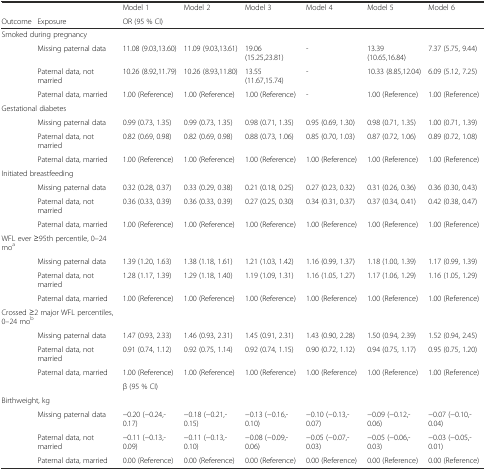
<table><thead><tr><td></td><td></td><td><b>Model 1</b></td><td><b>Model 2</b></td><td><b>Model 3</b></td><td><b>Model 4</b></td><td><b>Model 5</b></td><td><b>Model 6</b></td></tr><tr><td><b>Outcome</b></td><td><b>Exposure</b></td><td colspan="4"><b>OR (95 % CI)</b></td><td></td><td></td></tr></thead><tbody><tr><td colspan="2">Smoked during pregnancy</td><td></td><td></td><td></td><td></td><td></td><td></td></tr><tr><td></td><td>Missing paternal data</td><td>11.08 (9.03,13.60)</td><td>11.09 (9.03,13.61)</td><td>19.06 (15.25,23.81)</td><td>-</td><td>13.39 (10.65,16.84)</td><td>7.37 (5.75, 9.44)</td></tr><tr><td></td><td>Paternal data, not married</td><td>10.26 (8.92,11.79)</td><td>10.26 (8.93,11.80)</td><td>13.55 (11.67,15.74)</td><td>-</td><td>10.33 (8.85,12.04)</td><td>6.09 (5.12, 7.25)</td></tr><tr><td></td><td>Paternal data, married</td><td>1.00 (Reference)</td><td>1.00 (Reference)</td><td>1.00 (Reference)</td><td>-</td><td>1.00 (Reference)</td><td>1.00 (Reference)</td></tr><tr><td colspan="2">Gestational diabetes</td><td></td><td></td><td></td><td></td><td></td><td></td></tr><tr><td></td><td>Missing paternal data</td><td>0.99 (0.73, 1.35)</td><td>0.99 (0.73, 1.35)</td><td>0.98 (0.71, 1.35)</td><td>0.95 (0.69, 1.30)</td><td>0.98 (0.71, 1.35)</td><td>1.00 (0.71, 1.39)</td></tr><tr><td></td><td>Paternal data, not married</td><td>0.82 (0.69, 0.98)</td><td>0.82 (0.69, 0.98)</td><td>0.88 (0.73, 1.06)</td><td>0.85 (0.70, 1.03)</td><td>0.87 (0.72, 1.06)</td><td>0.89 (0.72, 1.08)</td></tr><tr><td></td><td>Paternal data, married</td><td>1.00 (Reference)</td><td>1.00 (Reference)</td><td>1.00 (Reference)</td><td>1.00 (Reference)</td><td>1.00 (Reference)</td><td>1.00 (Reference)</td></tr><tr><td colspan="2">Initiated breastfeeding</td><td></td><td></td><td></td><td></td><td></td><td></td></tr><tr><td></td><td>Missing paternal data</td><td>0.32 (0.28, 0.37)</td><td>0.33 (0.29, 0.38)</td><td>0.21 (0.18, 0.25)</td><td>0.27 (0.23, 0.32)</td><td>0.31 (0.26, 0.36)</td><td>0.36 (0.30, 0.43)</td></tr><tr><td></td><td>Paternal data, not married</td><td>0.36 (0.33, 0.39)</td><td>0.36 (0.33, 0.39)</td><td>0.27 (0.25, 0.30)</td><td>0.34 (0.31, 0.37)</td><td>0.37 (0.34, 0.41)</td><td>0.42 (0.38, 0.47)</td></tr><tr><td></td><td>Paternal data, married</td><td>1.00 (Reference)</td><td>1.00 (Reference)</td><td>1.00 (Reference)</td><td>1.00 (Reference)</td><td>1.00 (Reference)</td><td>1.00 (Reference)</td></tr><tr><td colspan="2">WFL ever ≥95th percentile, 0–24 mo<sup>a</sup></td><td></td><td></td><td></td><td></td><td></td><td></td></tr><tr><td></td><td>Missing paternal data</td><td>1.39 (1.20, 1.63)</td><td>1.38 (1.18, 1.61)</td><td>1.21 (1.03, 1.42)</td><td>1.16 (0.99, 1.37)</td><td>1.18 (1.00, 1.39)</td><td>1.17 (0.99, 1.39)</td></tr><tr><td></td><td>Paternal data, not married</td><td>1.28 (1.17, 1.39)</td><td>1.29 (1.18, 1.40)</td><td>1.19 (1.09, 1.31)</td><td>1.16 (1.05, 1.27)</td><td>1.17 (1.06, 1.29)</td><td>1.16 (1.05, 1.29)</td></tr><tr><td></td><td>Paternal data, married</td><td>1.00 (Reference)</td><td>1.00 (Reference)</td><td>1.00 (Reference)</td><td>1.00 (Reference)</td><td>1.00 (Reference)</td><td>1.00 (Reference)</td></tr><tr><td colspan="2">Crossed ≥2 major WFL percentiles, 0–24 mo<sup>b</sup></td><td></td><td></td><td></td><td></td><td></td><td></td></tr><tr><td></td><td>Missing paternal data</td><td>1.47 (0.93, 2.33)</td><td>1.46 (0.93, 2.31)</td><td>1.45 (0.91, 2.31)</td><td>1.43 (0.90, 2.28)</td><td>1.50 (0.94, 2.39)</td><td>1.52 (0.94, 2.45)</td></tr><tr><td></td><td>Paternal data, not married</td><td>0.91 (0.74, 1.12)</td><td>0.92 (0.75, 1.14)</td><td>0.92 (0.74, 1.15)</td><td>0.90 (0.72, 1.12)</td><td>0.94 (0.75, 1.17)</td><td>0.95 (0.75, 1.20)</td></tr><tr><td></td><td>Paternal data, married</td><td>1.00 (Reference)</td><td>1.00 (Reference)</td><td>1.00 (Reference)</td><td>1.00 (Reference)</td><td>1.00 (Reference)</td><td>1.00 (Reference)</td></tr><tr><td></td><td></td><td colspan="4">β (95 % CI)</td><td></td><td></td></tr><tr><td colspan="2">Birthweight, kg</td><td></td><td></td><td></td><td></td><td></td><td></td></tr><tr><td></td><td>Missing paternal data</td><td>−0.20 (−0.24,-0.17)</td><td>−0.18 (−0.21,-0.15)</td><td>−0.13 (−0.16,-0.10)</td><td>−0.10 (−0.13,-0.07)</td><td>−0.09 (−0.12,-0.06)</td><td>−0.07 (−0.10,-0.04)</td></tr><tr><td></td><td>Paternal data, not married</td><td>−0.11 (−0.13,-0.09)</td><td>−0.11 (−0.13,-0.10)</td><td>−0.08 (−0.09,-0.06)</td><td>−0.05 (−0.07,-0.03)</td><td>−0.05 (−0.06,-0.03)</td><td>−0.03 (−0.05,-0.01)</td></tr><tr><td></td><td>Paternal data, married</td><td>0.00 (Reference)</td><td>0.00 (Reference)</td><td>0.00 (Reference)</td><td>0.00 (Reference)</td><td>0.00 (Reference)</td><td>0.00 (Reference)</td></tr></tbody></table>